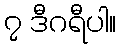
၇ ဒီဂရီပါ။